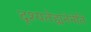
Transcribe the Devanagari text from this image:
दृश्यतेह्यनेनेति